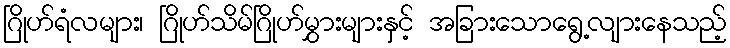
ဂြိုဟ်ရံလများ၊ ဂြိုဟ်သိမ်ဂြိုဟ်မွှားများနှင့် အခြားသောရွေ့လျားနေသည့်